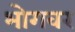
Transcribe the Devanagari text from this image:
भोगवर